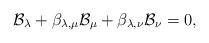
LaTeX: \begin{align*}{\mathcal B}_\lambda + \beta_{\lambda, \mu}{\mathcal B}_\mu + \beta_{\lambda, \nu}{\mathcal B}_\nu = 0,\end{align*}